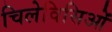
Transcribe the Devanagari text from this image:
चिलेविसिओं